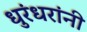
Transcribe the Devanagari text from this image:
धुरंधरांनी